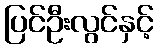
ပြင်ဦးလွင်နှင့်